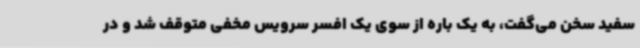
سفید سخن می‌گفت، به یک باره از سوی یک افسر سرویس مخفی متوقف شد و در